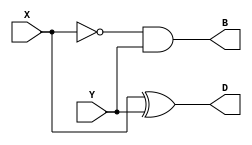
module Half_Subtractor(output D, B, input X, Y );
assign D = X ^ Y;
assign B = ~X & Y;
endmodule